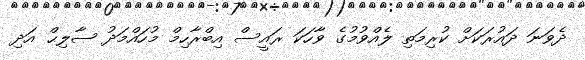
ދެވަނަ ދައުރަކަށް ކުރިމަތި ލެއްވުމުގެ ވާހަކަ ރައީސް އިބްރާހިމް މުހައްމަދު ޞާލިޙް އަދި